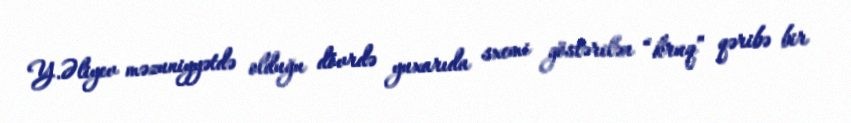
Y.Əliyev məzuniyyətdə olduğu dövrdə yuxarıda sxemi göstərilən “kruq” qəribə bir